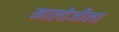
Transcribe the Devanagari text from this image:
मालोजीला